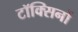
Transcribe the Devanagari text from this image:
टॉक्सिनों